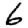
Digit: 6